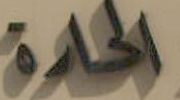
الحادة